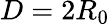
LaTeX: D=2{R_{0}}